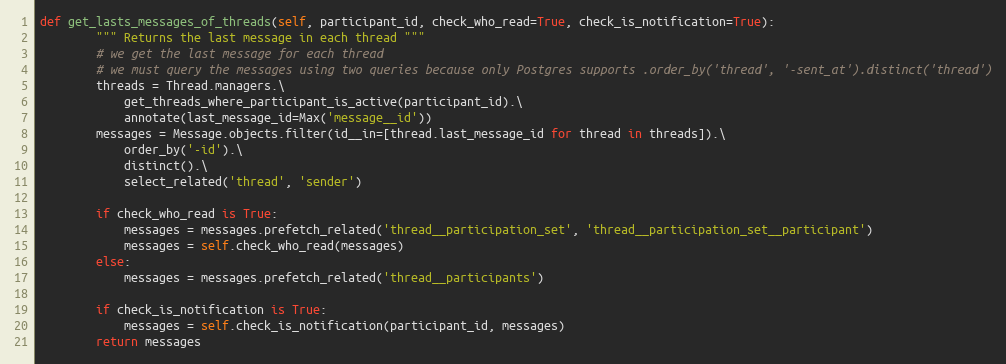
Language: Python
def get_lasts_messages_of_threads(self, participant_id, check_who_read=True, check_is_notification=True):
        """ Returns the last message in each thread """
        # we get the last message for each thread
        # we must query the messages using two queries because only Postgres supports .order_by('thread', '-sent_at').distinct('thread')
        threads = Thread.managers.\
            get_threads_where_participant_is_active(participant_id).\
            annotate(last_message_id=Max('message__id'))
        messages = Message.objects.filter(id__in=[thread.last_message_id for thread in threads]).\
            order_by('-id').\
            distinct().\
            select_related('thread', 'sender')

        if check_who_read is True:
            messages = messages.prefetch_related('thread__participation_set', 'thread__participation_set__participant')
            messages = self.check_who_read(messages)
        else:
            messages = messages.prefetch_related('thread__participants')

        if check_is_notification is True:
            messages = self.check_is_notification(participant_id, messages)
        return messages